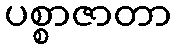
ပစ္စာဇာတာ